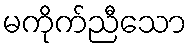
မကိုက်ညီသော